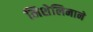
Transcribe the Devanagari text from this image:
मिशेलिनाने